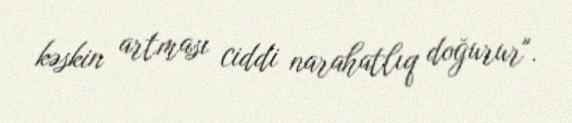
kəskin artması ciddi narahatlıq doğurur".